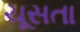
ચૂસતા